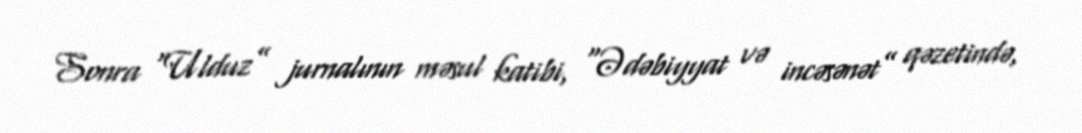
Sonra “Ulduz” jurnalının məsul katibi, “Ədəbiyyat və incəsənət” qəzetində,